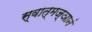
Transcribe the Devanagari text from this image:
स्वात्मज्ञानं